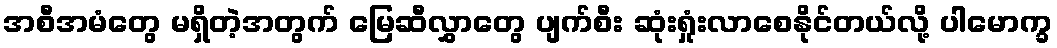
အစီအမံတွေ မရှိတဲ့အတွက် မြေဆီလွှာတွေ ပျက်စီး ဆုံးရှုံးလာစေနိုင်တယ်လို့ ပါမောက္ခ